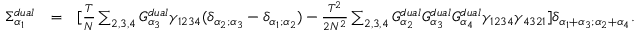
\begin{array} { r l r } { \Sigma _ { \alpha _ { 1 } } ^ { d u a l } } & { = } & { [ \frac { T } { N } \sum _ { 2 , 3 , 4 } G _ { \alpha _ { 3 } } ^ { d u a l } \gamma _ { 1 2 3 4 } ( \delta _ { \alpha _ { 2 } ; \alpha _ { 3 } } - \delta _ { \alpha _ { 1 } ; \alpha _ { 2 } } ) - \frac { T ^ { 2 } } { 2 N ^ { 2 } } \sum _ { 2 , 3 , 4 } G _ { \alpha _ { 2 } } ^ { d u a l } G _ { \alpha _ { 3 } } ^ { d u a l } G _ { \alpha _ { 4 } } ^ { d u a l } \gamma _ { 1 2 3 4 } \gamma _ { 4 3 2 1 } ] \delta _ { \alpha _ { 1 } + \alpha _ { 3 } ; \alpha _ { 2 } + \alpha _ { 4 } } . } \end{array}